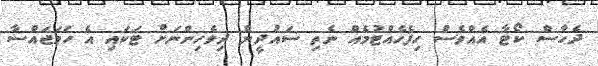
ދެހާސް ކޯޓާ އެއްވެސް ހިފެހެއްޓުމެއް ނެތި ސައުދީން ދިވެހިންނަށް ޓަކައި އެެ ހަމަޖައްސާ